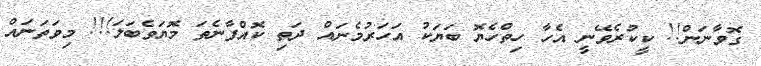
ގޮވާނަން!! ކީކުރެވޭނީ އެހާ ހިތްހެޔޮ ބަޔަކު އަހަރުމެނައް ދަތި ކޮއްފާނެތަ މޮޔަވެބަލަ!!! މިވަތަނައް